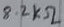
Text: 8.2kΩ